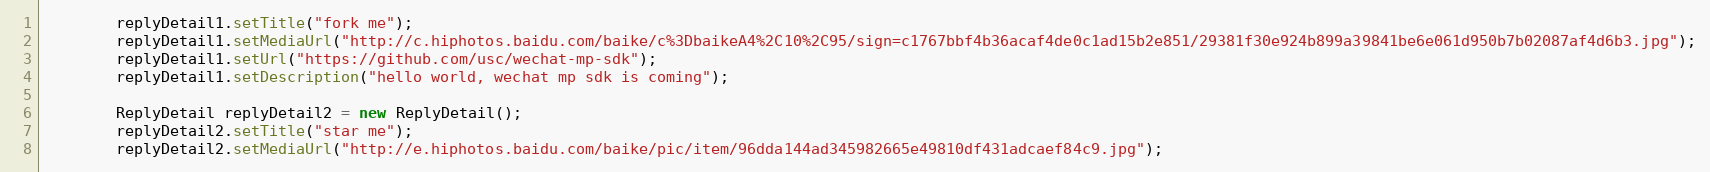
Language: Java
        replyDetail1.setTitle("fork me");
        replyDetail1.setMediaUrl("http://c.hiphotos.baidu.com/baike/c%3DbaikeA4%2C10%2C95/sign=c1767bbf4b36acaf4de0c1ad15b2e851/29381f30e924b899a39841be6e061d950b7b02087af4d6b3.jpg");
        replyDetail1.setUrl("https://github.com/usc/wechat-mp-sdk");
        replyDetail1.setDescription("hello world, wechat mp sdk is coming");

        ReplyDetail replyDetail2 = new ReplyDetail();
        replyDetail2.setTitle("star me");
        replyDetail2.setMediaUrl("http://e.hiphotos.baidu.com/baike/pic/item/96dda144ad345982665e49810df431adcaef84c9.jpg");